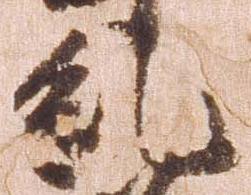
糺